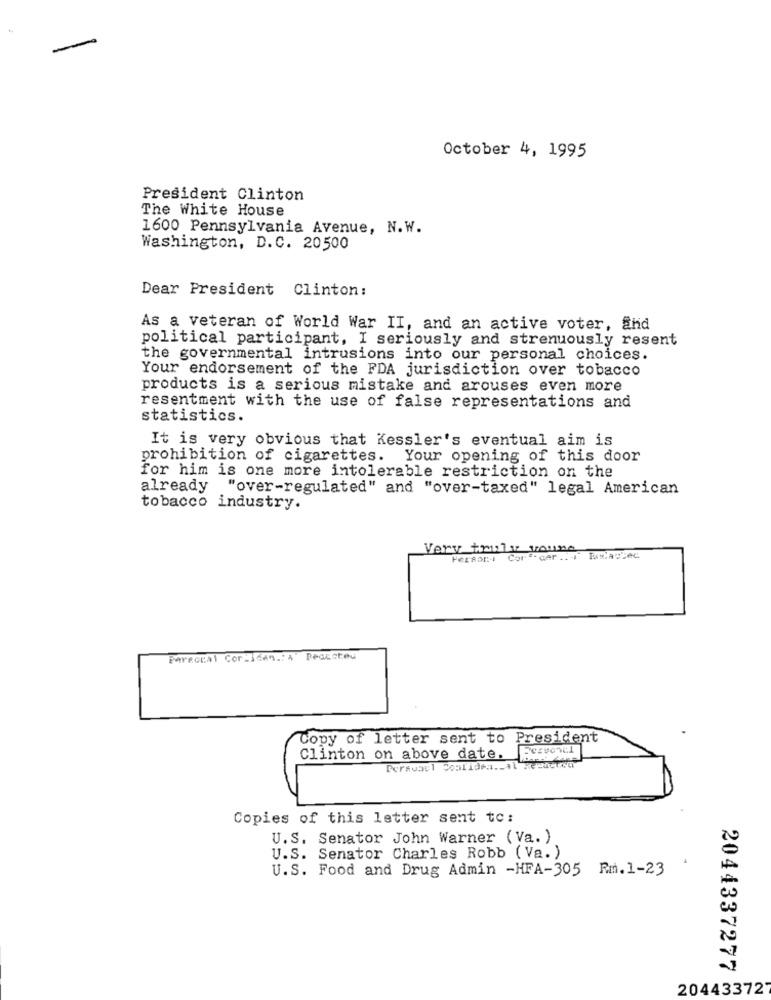
-
October 4, 1995
President Clinton
The White House
1600 Pennsylvania Avenue, N.W.
Washington, D.C. 20500
Dear President Clinton:
As a veteran of World War II, and an active voter, and
political participant, I seriously and strenuously resent
the governmental intrusions into our personal choices.
Your endorsement of the FDA jurisdiction over tobacco
products is a serious mistake and arouses even more
resentment with the use of false representations and
statistics.
It is very obvious that Kessler's eventual aim is
prohibition of cigarettes. Your opening of this door
for him is one more intolerable restriction on the
already
"over-regulated" and "over-taxed" legal American
tobacco industry.
Very truly woune
Person Cor-cer .. I Muslassec
PArectal Corijden .: 4' Deacores
Copy of letter sent to President
Besvonal
Clinton on above date.
Peravavl Coolidea ._ al Resoctem
Copies of this letter sent to:
U.S. Senator John Warner ( Va. )
U.S. Senator Charles Robb ( Va. )
U.S. Food and Drug Admin -HFA-305 Rm.1-23
2044337277
204433727